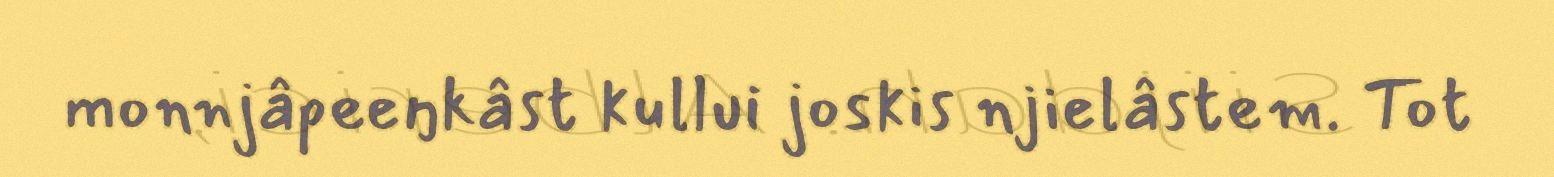
monnjâpeeŋkâst kullui joskis njielâstem. Tot